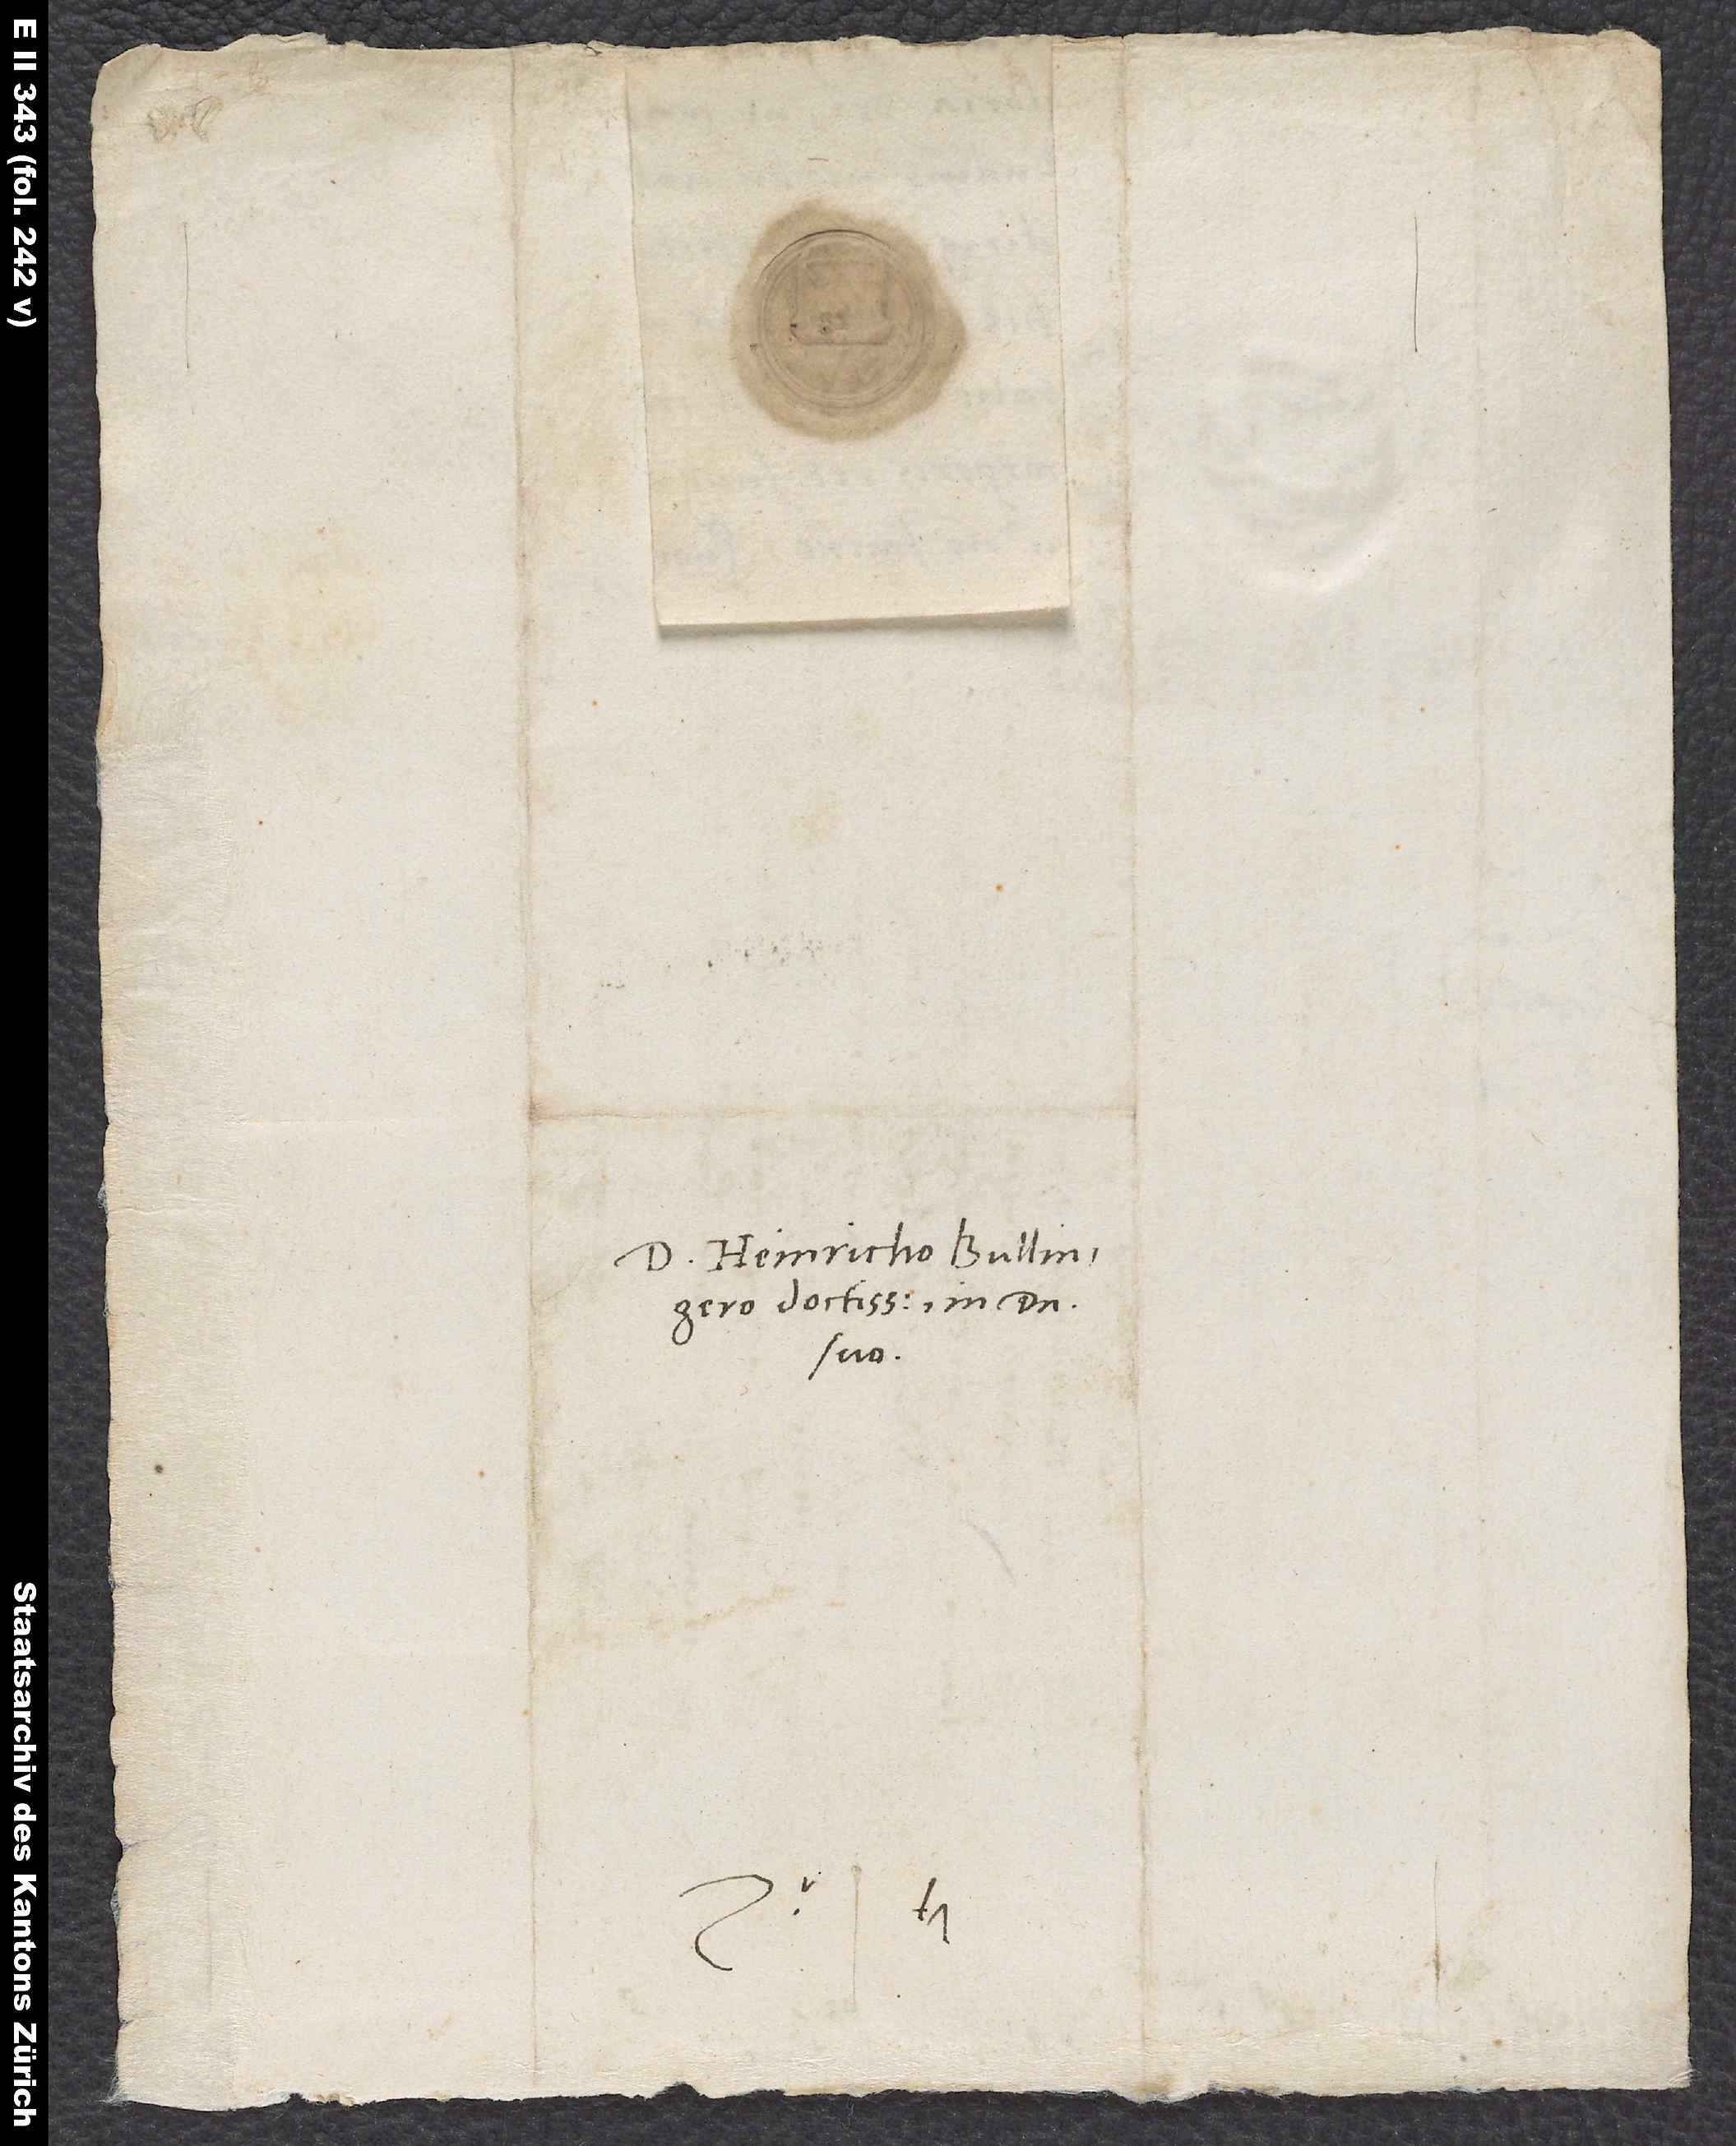
Domino Heinricho Bullingero
doctissimo, in domino
suo.